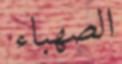
الصھباء